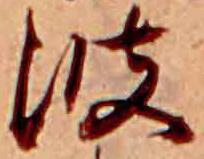
波